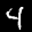
Label: 4